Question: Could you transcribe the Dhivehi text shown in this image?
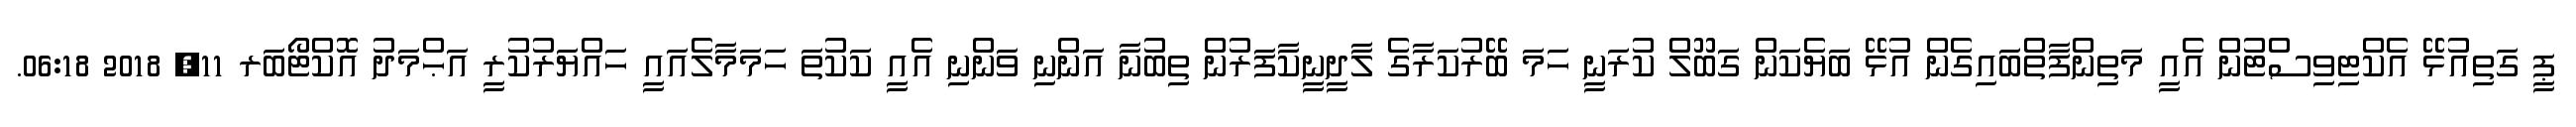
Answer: ޕީ ގަތިއުޅޭ އެކްޓިވިސްޓުން އެއީ މަތިންފާތްބައިގެން އުޅޭ ބަޔެކަން ގަބޫލް ކުރަނީ ހަމަ ބޭރުކަރާގެ ލާދީނީކާފަރުން ތިބުނާ އަންނި ވަންނި އެއީ ކަކުތަ ހަމަމާލެއައީ ހައްޔަރުކުރީ އަޙްމަދު އޮކްޓޯބަރ 11, 2018 06:18.